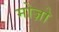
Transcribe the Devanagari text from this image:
मोज़ो